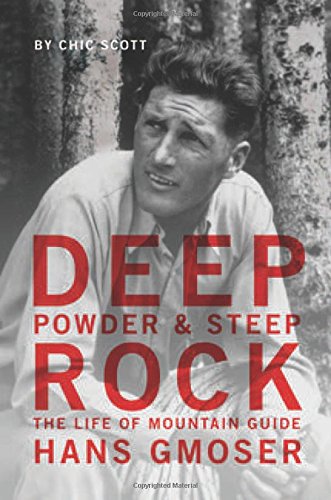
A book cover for Deep Powder and Steep Rock: The Life of Mountain Guide Hans Gmoser; Chic Scott; Sports & Outdoors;